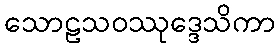
သောဠသဝဿုဒ္ဒေသိကာ